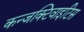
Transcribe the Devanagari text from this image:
कन्जक्टिवाइटिस